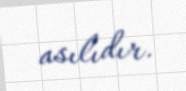
asılıdır.